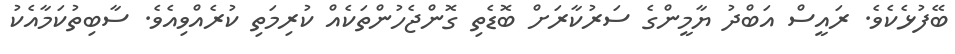
ބޭފުޅެކެވެ. ރައީސް އަބްދު ޔާމީންގެ ސަރުކާރަށް ބޮޑެތި ގޮންޖެހުންތަކެއް ކުރިމަތި ކުރެއްވިއެވެ. ސާބިތުކަމާއެކު